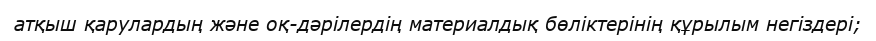
атқыш қарулардың және оқ-дәрілердің материалдық бөліктерінің құрылым негіздері;